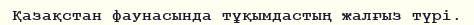
Қазақстан фаунасында тұқымдастың жалғыз түрі.